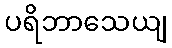
ပရိဘာသေယျ